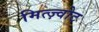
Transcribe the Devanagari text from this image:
मित्ज़्वोट